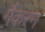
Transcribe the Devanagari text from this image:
मैकरन